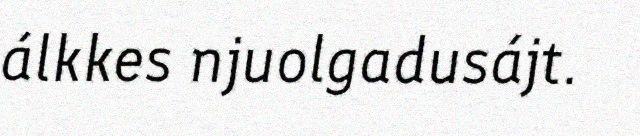
álkkes njuolgadusájt.